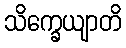
သိက္ခေယျာတိ